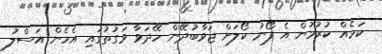
ކަމެއް ކުރުމުން އެ ފޯނު ކޯލަށް ޖަވާބުދޭން ހޭދަވާ ވަގުތުގައި އެހެން އަސްލު